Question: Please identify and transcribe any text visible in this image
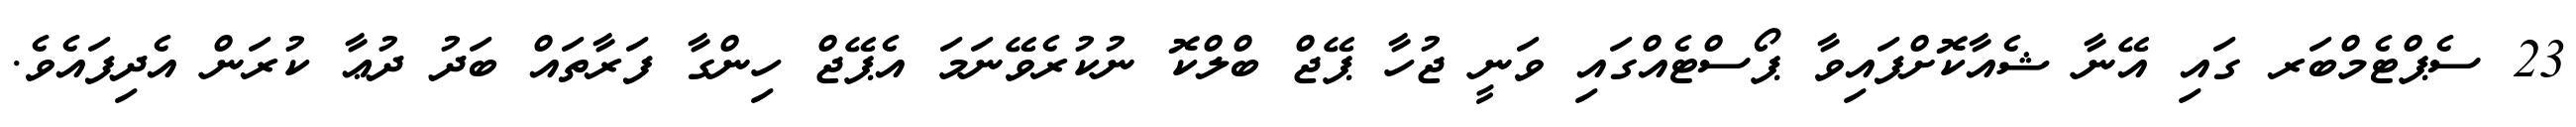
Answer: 23 ސެޕްޓެމްބަރ ގައި އޭނާ ޝެއާކޮށްފައިވާ ޕޯސްޓެއްގައި ވަނީ ޖުހާ ޕޭޖް ބްލްކޮ ނުކުރެވޭނަމަ އެޕޭޖް ހިންގާ ފަރާތައް ބަދު ދުޢާ ކުރަން އެދިފައެވެ.